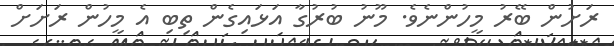
ރަށުން ބޭރު މީހުންނެވެ. މޫނު ބުރުގާ އަޅައިގެން ތިބި އެ މީހުން ރަށަށް